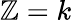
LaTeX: \mathbb{Z}=k